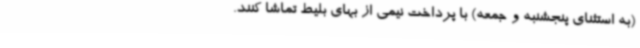
(به استثنای پنجشنبه و جمعه) با پرداخت نیمی از بهای بلیط تماشا کنند.